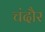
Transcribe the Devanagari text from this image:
चंदौर